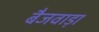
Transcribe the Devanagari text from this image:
बैजवाड़ा